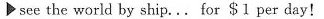
see the world by ship...For $1 per day!